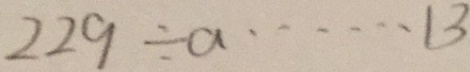
2 2 9 \div a \cdots 1 3